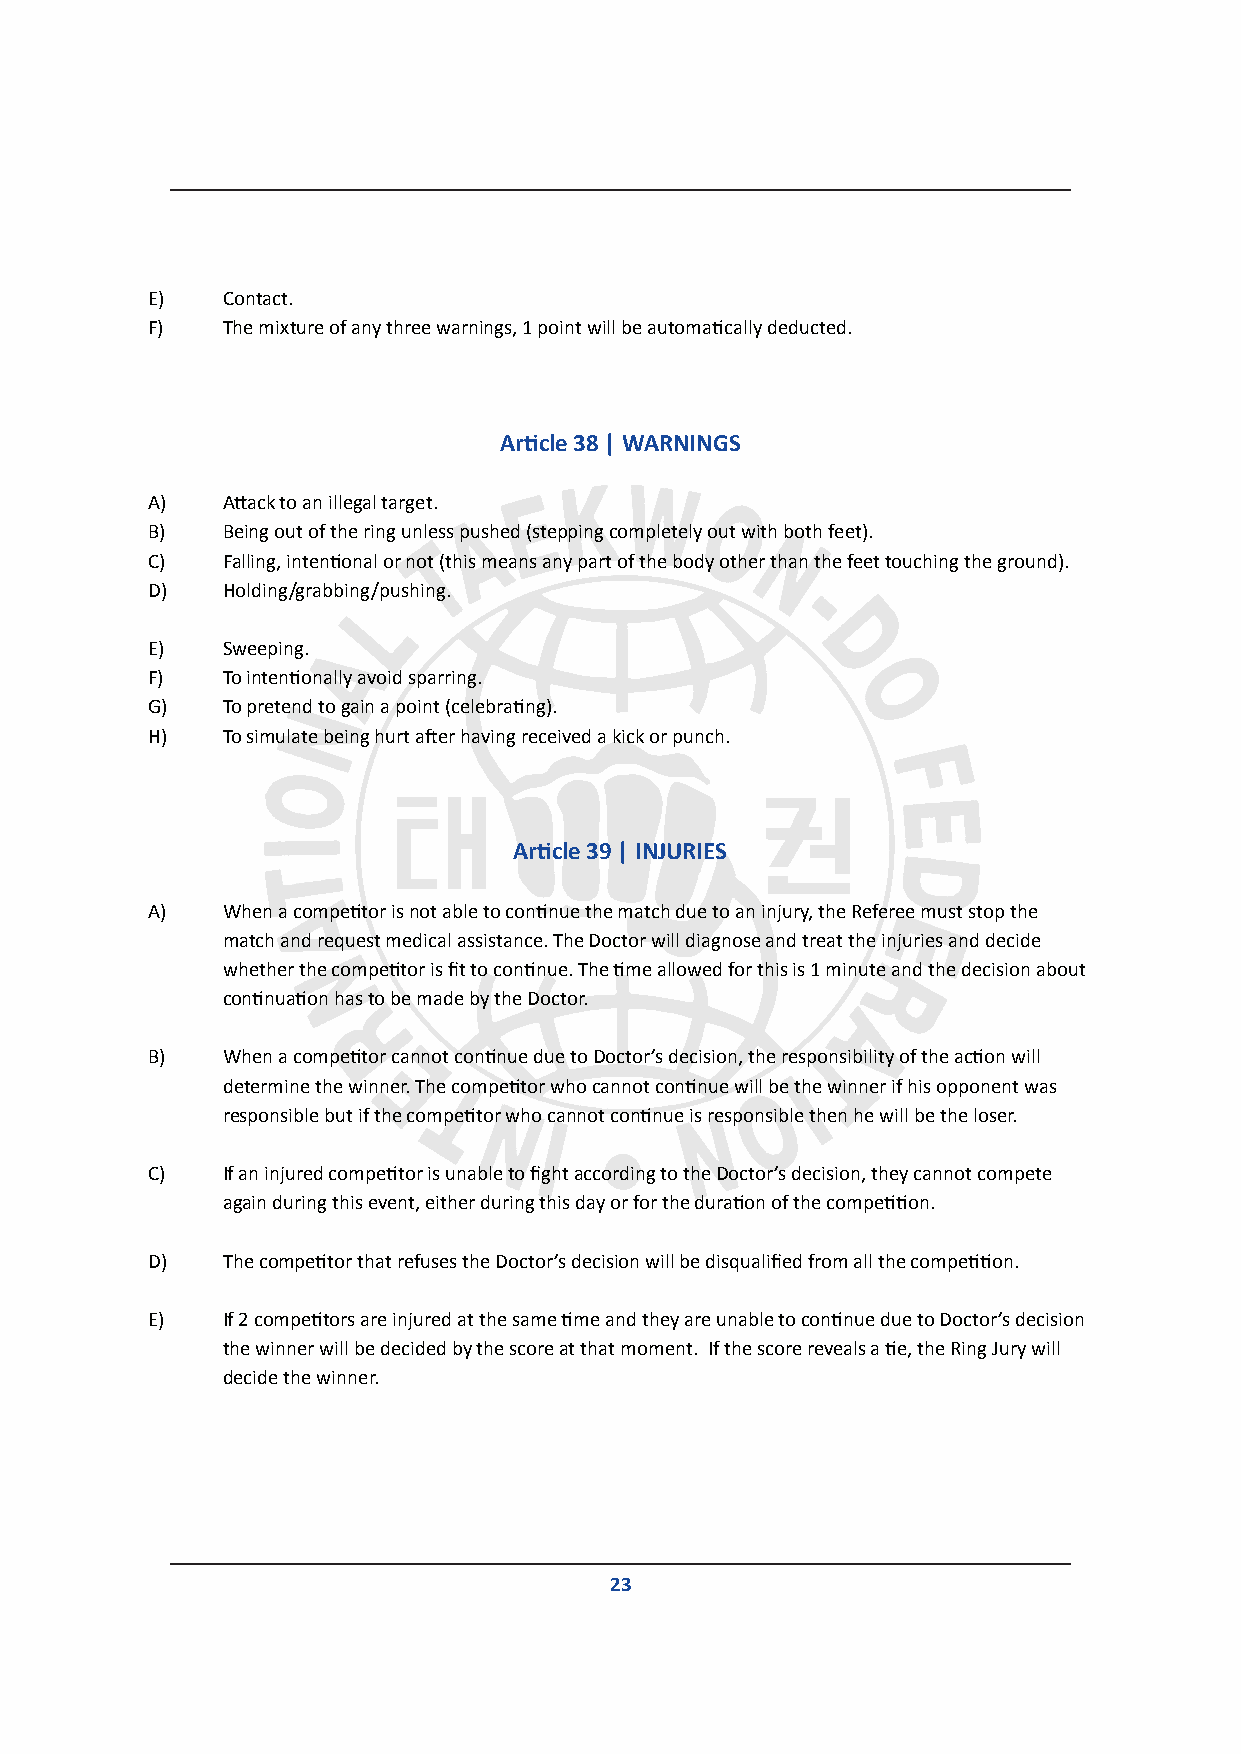
E)   Contact.
 F)   The mixture of any three warnings, 1 point will be automatically deducted.
 Article 38 | WARNINGS
 A)   Attack to an illegal target.
 B)   Being out of the ring unless pushed (stepping completely out with both feet).
 C)   Falling, intentional or not (this means any part of the body other than the feet touching the ground).
 D)   Holding/grabbing/pushing.
 E)   Sweeping.
 F)   To intentionally avoid sparring.
 G)   To pretend to gain a point (celebrating).
 H)   To simulate being hurt after having received a kick or punch.
 Article 39 | INJURIES
 A)   When a competitor is not able to continue the match due to an injury, the Referee must stop the
 match and request medical assistance. The Doctor will diagnose and treat the injuries and decide
 whether the competitor is fit to continue. The time allowed for this is 1 minute and the decision about
 continuation has to be made by the Doctor.
 B)   When a competitor cannot continue due to Doctor’s decision, the responsibility of the action will
 determine the winner. The competitor who cannot continue will be the winner if his opponent was
 responsible but if the competitor who cannot continue is responsible then he will be the loser.
 C)   If an injured competitor is unable to fight according to the Doctor’s decision, they cannot compete
 again during this event, either during this day or for the duration of the competition.
 D)   The competitor that refuses the Doctor’s decision will be disqualified from all the competition.
 E)   If 2 competitors are injured at the same time and they are unable to continue due to Doctor’s decision
 the winner will be decided by the score at that moment. If the score reveals a tie, the Ring Jury will
 decide the winner.
 23